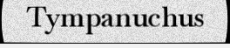
Tympanuchus